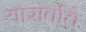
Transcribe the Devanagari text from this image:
यासर्वांचे